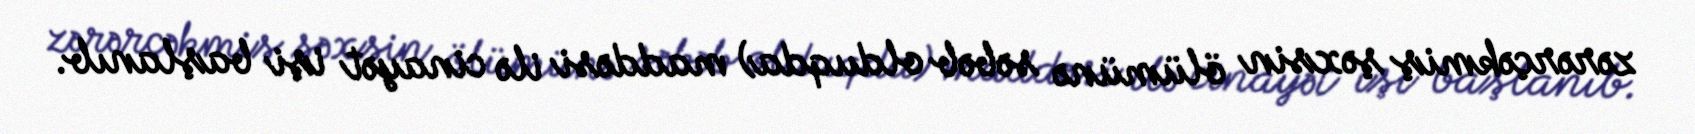
zərərçəkmiş şəxsin ölümünə səbəb olduqda) maddəsi ilə cinayət işi başlanıb.